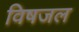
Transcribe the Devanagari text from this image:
विषजल